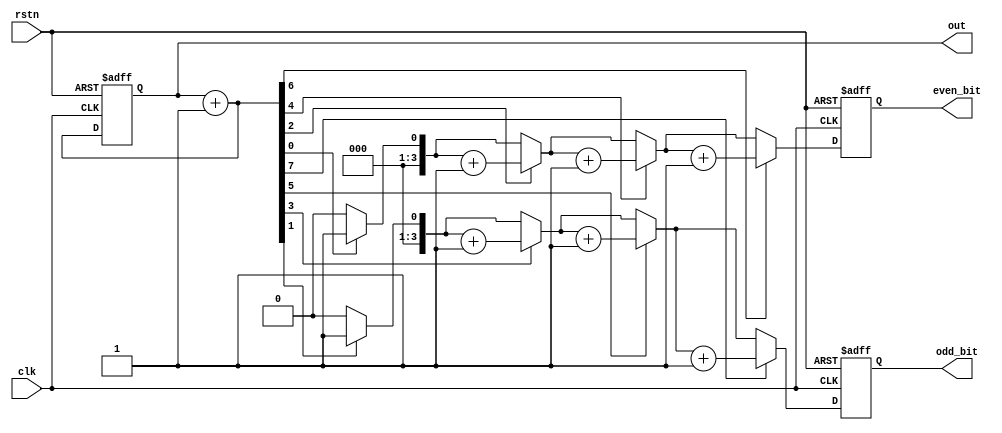
/*
 * n bit unsigned counter with error detector
 *
 * when counter ouput width 2 ^ n bits,
 * then even or odd bit counted each bit on 1 are max n bits + 1.
 *
 *    1111 1111 -> 1 bits counted 8, binary number is 1000.
 *
 * so, 2 ^ n bit counter, guard_bits n + 1
 * we can check roughly by downsize the guard_bits.
 *
 * Can this part be used in spaceships in a place exposed to cosmic radiation? 
 * or in a location bothered by tons of grim electric shocking aliens? :)
 */

`timescale 1ns/10ps

module guarded_unsigned_counter # (
    parameter width = 8,
    parameter guard_bits = 4
) (
        input   clk,
                rstn,

        output  reg [width - 1:0]       out,
        output  reg [guard_bits - 1:0]  even_bit,
                                        odd_bit
);

    integer i;

    always @ (posedge clk or negedge rstn) begin
        if (!rstn) begin
            out <= 0;
            odd_bit <= 0;
            even_bit <= 0;
        end else begin
            out++;
            odd_bit = 0;
            even_bit = 0;

            for (i = 1; i < width; i = i + 2) begin
                if (out[i])
                    odd_bit = odd_bit + 1;
            end

            for (i = 0; i < width; i = i + 2) begin
                if (out[i])
                    even_bit = even_bit + 1;
            end
        end
    end

endmodule